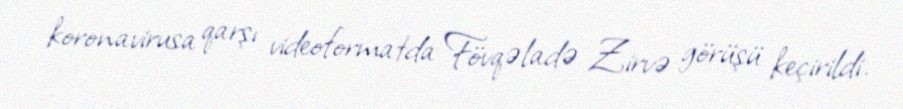
koronavirusa qarşı videoformatda Fövqəladə Zirvə görüşü keçirildi.